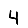
Digit: 4